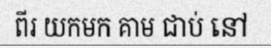
ពីរ យកមក គាម ជាប់ នៅ